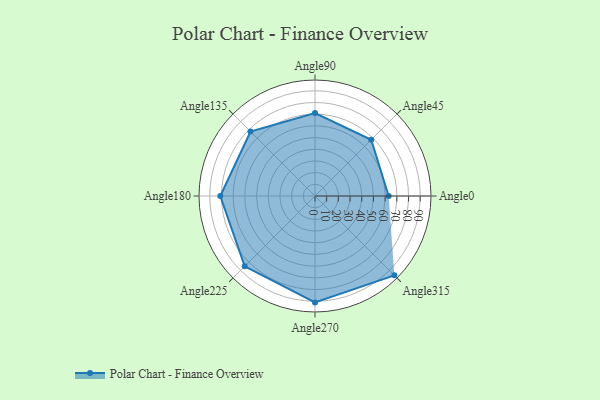
{"axis": {"x": "Angle", "y": "Radius"}, "legend": [""], "data": [{"x": "Angle0", "y": 63.0, "type": ""}, {"x": "Angle45", "y": 68.0, "type": ""}, {"x": "Angle90", "y": 71.0, "type": ""}, {"x": "Angle135", "y": 78.0, "type": ""}, {"x": "Angle180", "y": 81.0, "type": ""}, {"x": "Angle225", "y": 85.0, "type": ""}, {"x": "Angle270", "y": 91.0, "type": ""}, {"x": "Angle315", "y": 96.0, "type": ""}]}